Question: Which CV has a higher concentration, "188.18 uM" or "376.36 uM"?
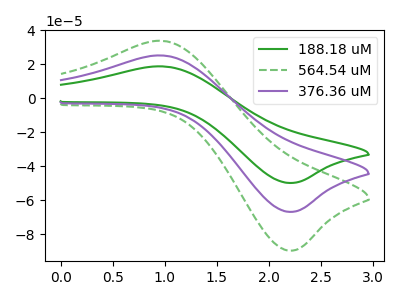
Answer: <think>The green curve "188.18 uM" has an anodic peak at (1.00V, 18.80uA) and a cathodic peak at (2.20V, -49.85uA). The green dashed curve "564.54 uM" has an anodic peak at (1.00V, 50.35uA) and a cathodic peak at (2.20V, -133.70uA). The purple curve "376.36 uM" has an anodic peak at (1.00V, 25.20uA) and a cathodic peak at (2.20V, -66.85uA).
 All the peaks in "188.18 uM" have a peak in "376.36 uM" at the same potential. Every peak in "188.18 uM" is lower than every peak in "376.36 uM".</think>
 <answer>"188.18 uM" has less signal than "376.36 uM" and so likely has a lower concentration.</answer>
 <eval>less_concentration</eval>